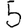
Digit: 5